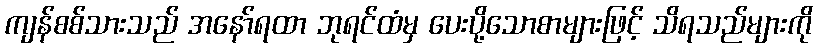
ကျန်စစ်သားသည် အနော်ရထာ ဘုရင်ထံမှ ပေးပို့သောစာများဖြင့် သိရသည်များကို